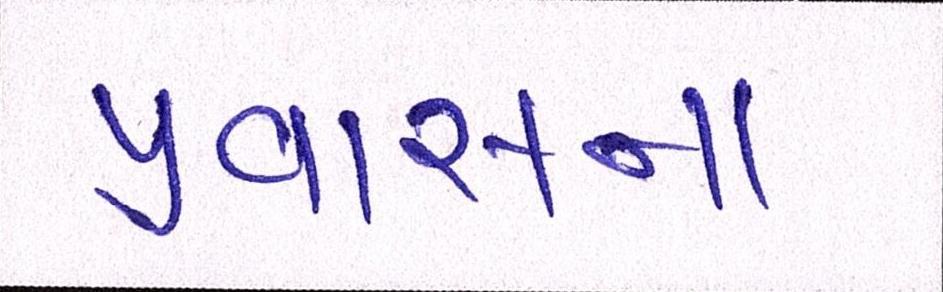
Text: પ્રવાસના